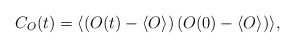
\begin{align*}C_O(t) = \langle \left( O(t) - \langle O \rangle \right)\left( O(0) - \langle O \rangle \right) \rangle,\end{align*}